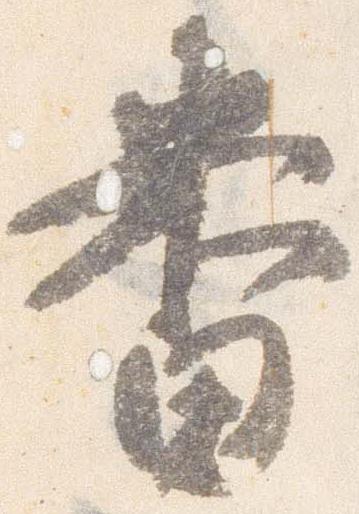
番